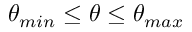
\theta _ { m i n } \leq \theta \leq \theta _ { m a x }